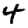
Digit: 4